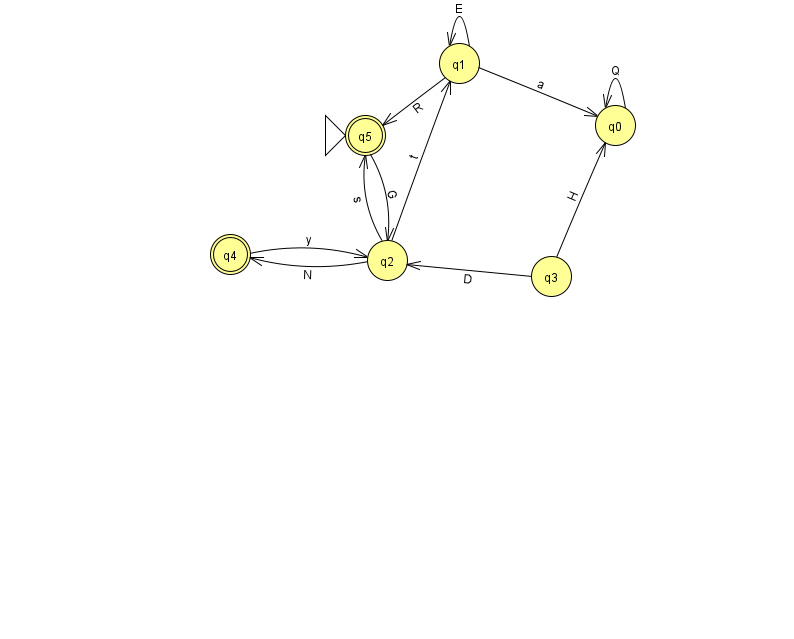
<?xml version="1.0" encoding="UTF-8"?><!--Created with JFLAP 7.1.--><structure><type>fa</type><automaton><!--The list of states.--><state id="0" name="q0"><x>615.0</x><y>112.0</y></state><state id="1" name="q1"><x>459.0</x><y>50.0</y></state><state id="2" name="q2"><x>387.0</x><y>247.0</y></state><state id="3" name="q3"><x>551.0</x><y>263.0</y></state><state id="4" name="q4"><x>230.0</x><y>241.0</y><final/></state><state id="5" name="q5"><x>365.0</x><y>122.0</y><initial/><final/></state><!--The list of transitions.--><transition><from>0</from><to>0</to><read>Q</read></transition><transition><from>2</from><to>4</to><read>N</read></transition><transition><from>2</from><to>1</to><read>t</read></transition><transition><from>1</from><to>1</to><read>E</read></transition><transition><from>4</from><to>2</to><read>y</read></transition><transition><from>2</from><to>5</to><read>s</read></transition><transition><from>3</from><to>0</to><read>H</read></transition><transition><from>5</from><to>2</to><read>G</read></transition><transition><from>1</from><to>0</to><read>a</read></transition><transition><from>1</from><to>5</to><read>R</read></transition><transition><from>3</from><to>2</to><read>D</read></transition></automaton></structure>